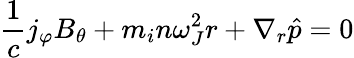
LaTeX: \frac{1}{c}j_{\varphi}B_{\theta}+m_{i}n\omega_{J}^{2}r+\nabla_{r}\hat{p}=0